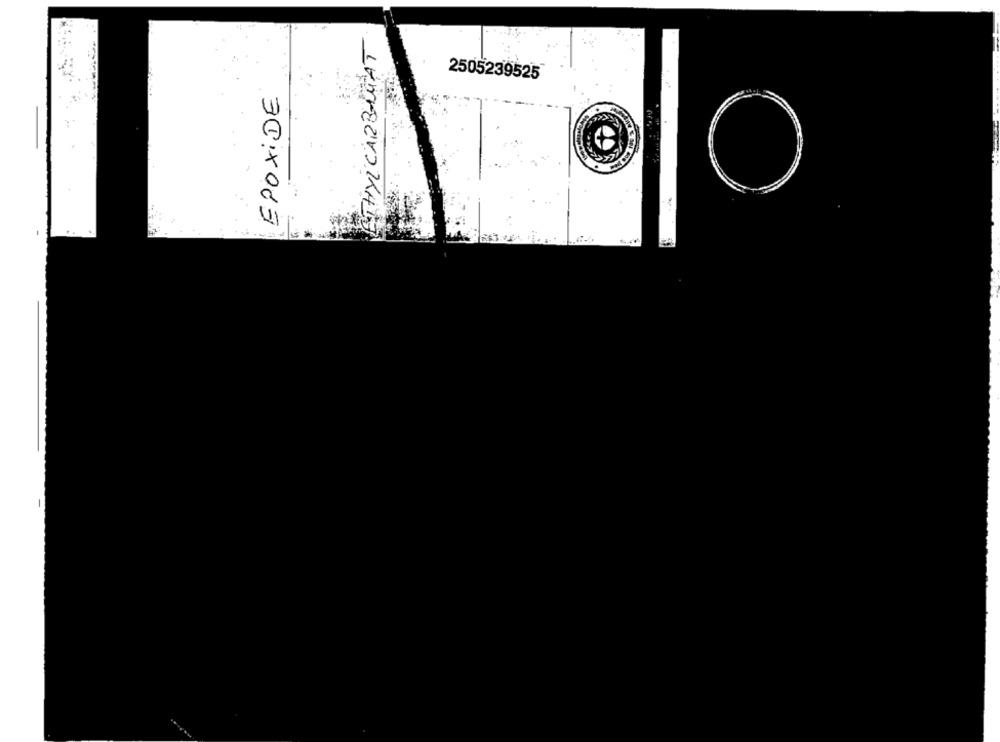
ETHYLCARBAGAT
2505239525
EPOXiDE